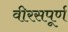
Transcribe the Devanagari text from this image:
वीरसपूर्ण